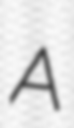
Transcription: A